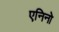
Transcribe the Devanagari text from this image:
एनिनो